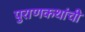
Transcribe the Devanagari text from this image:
पुराणकथांची